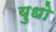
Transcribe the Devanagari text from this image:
युधो